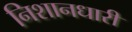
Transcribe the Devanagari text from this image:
निशानधारी